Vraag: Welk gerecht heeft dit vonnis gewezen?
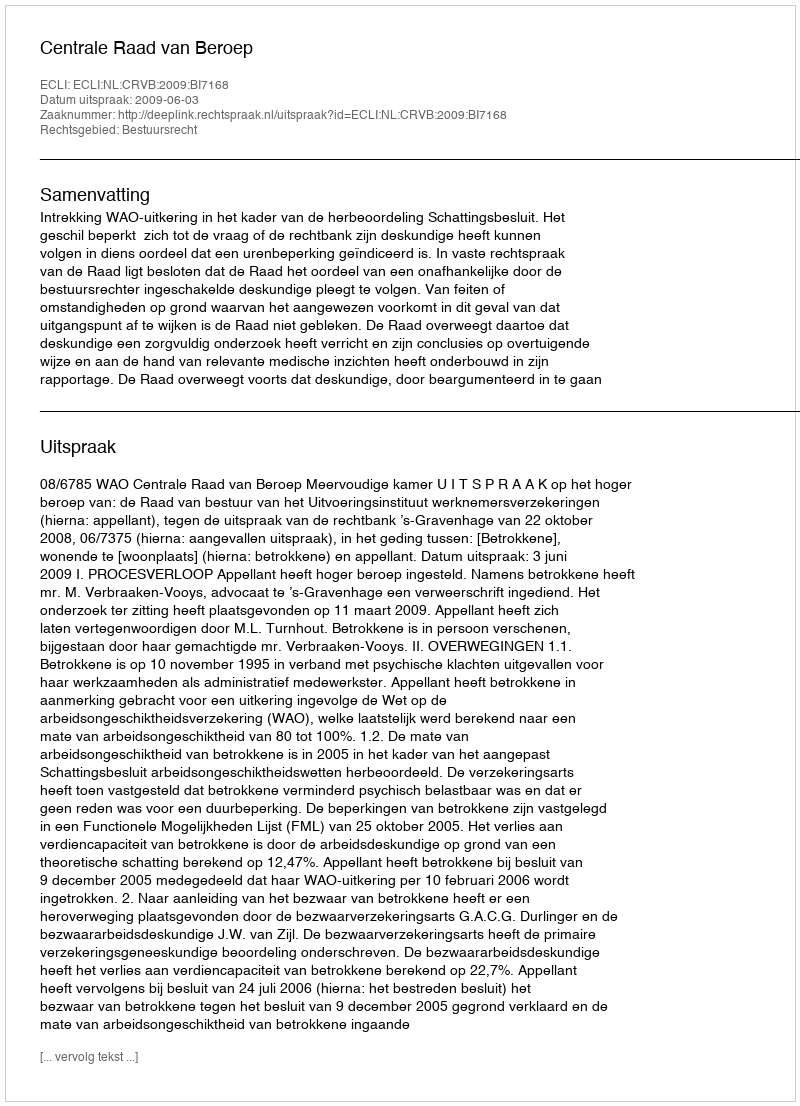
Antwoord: Centrale Raad van Beroep